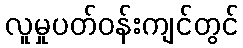
လူမှုပတ်ဝန်းကျင်တွင်